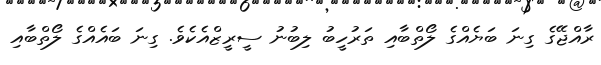
ރާއްޖޭގެ ގިނަ ބަޔެއްގެ ލޯތްބާއި ތަރުހީބު ލިބުނު ސީރީޒްއެކެވެ. ގިނަ ބައެއްގެ ލޯތްބާއި